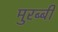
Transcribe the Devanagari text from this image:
मुरब्बी